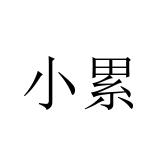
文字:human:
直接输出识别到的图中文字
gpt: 小累